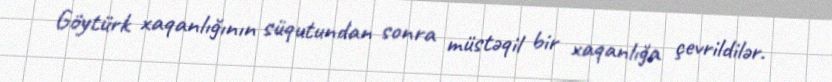
Göytürk xaqanlığının süqutundan sonra müstəqil bir xaqanlığa çevrildilər.